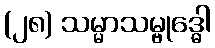
(၂၈) သမ္မာသမ္ဗုဒ္ဓေါ